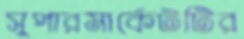
সুপারমার্কেটটির